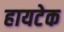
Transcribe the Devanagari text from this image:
हायटेक